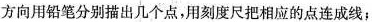
方向用铅笔分别描出几个点，用刻度尺把相应的点连成线；